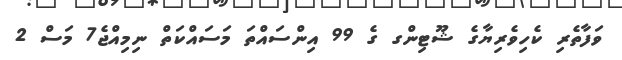
ވަފާތެރި ކެހިވެރިޔާގެ ޝޫޓިންގ ގެ 99 އިންސައްތަ މަސައްކަތް ނިމިއްޖެ7 މަސް 2